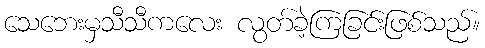
သေဘေးမှသီသီကလေး လွတ်ခဲ့ကြခြင်းဖြစ်သည်။